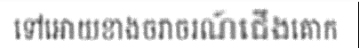
ទៅអោយខាងចរាចរណ៍ជើងគោក